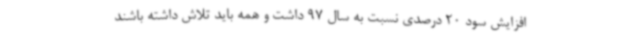
افزایش سود 20 درصدی نسبت به سال 97 داشت و همه باید تلاش داشته باشند